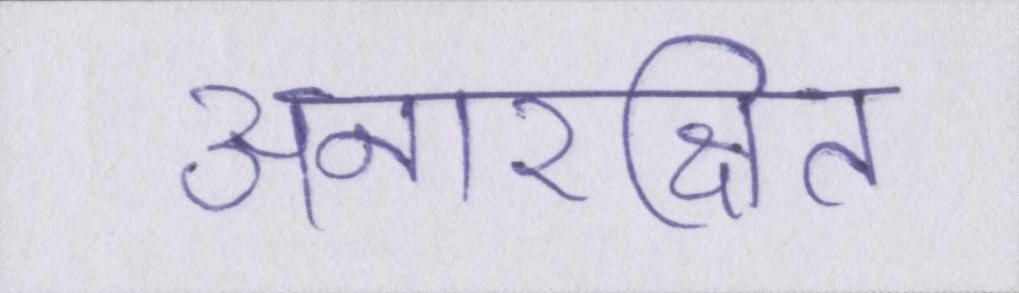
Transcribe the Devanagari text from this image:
अनारक्षित